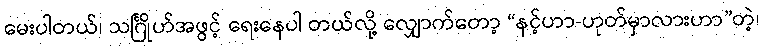
မေးပါတယ်၊ သင်္ဂြိုဟ်အဖွင့် ရေးနေပါ တယ်လို့ လျှောက်တော့ “နင့်ဟာ-ဟုတ်မှာလားဟာ”တဲ့၊